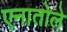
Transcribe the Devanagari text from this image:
एनातोले